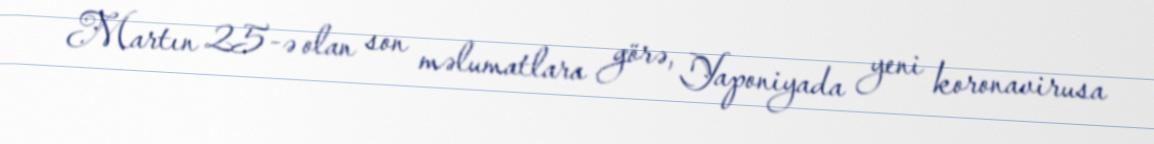
Martın 25-ə olan son məlumatlara görə, Yaponiyada yeni koronavirusa